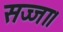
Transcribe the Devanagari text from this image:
सज्जा।